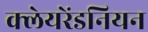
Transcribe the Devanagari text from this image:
क्लेयरेंडनियन